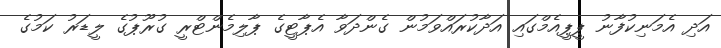
އަދި އެމަނިކުފާނު ޕީޕީއެމްގައި އަދާކުރައްވަމުން ގެންދަވާ އެޕާޓީގެ ޕާލިމެންޓްރީ ގުރޫޕުގެ ލީޑަރު ކަމުގެ